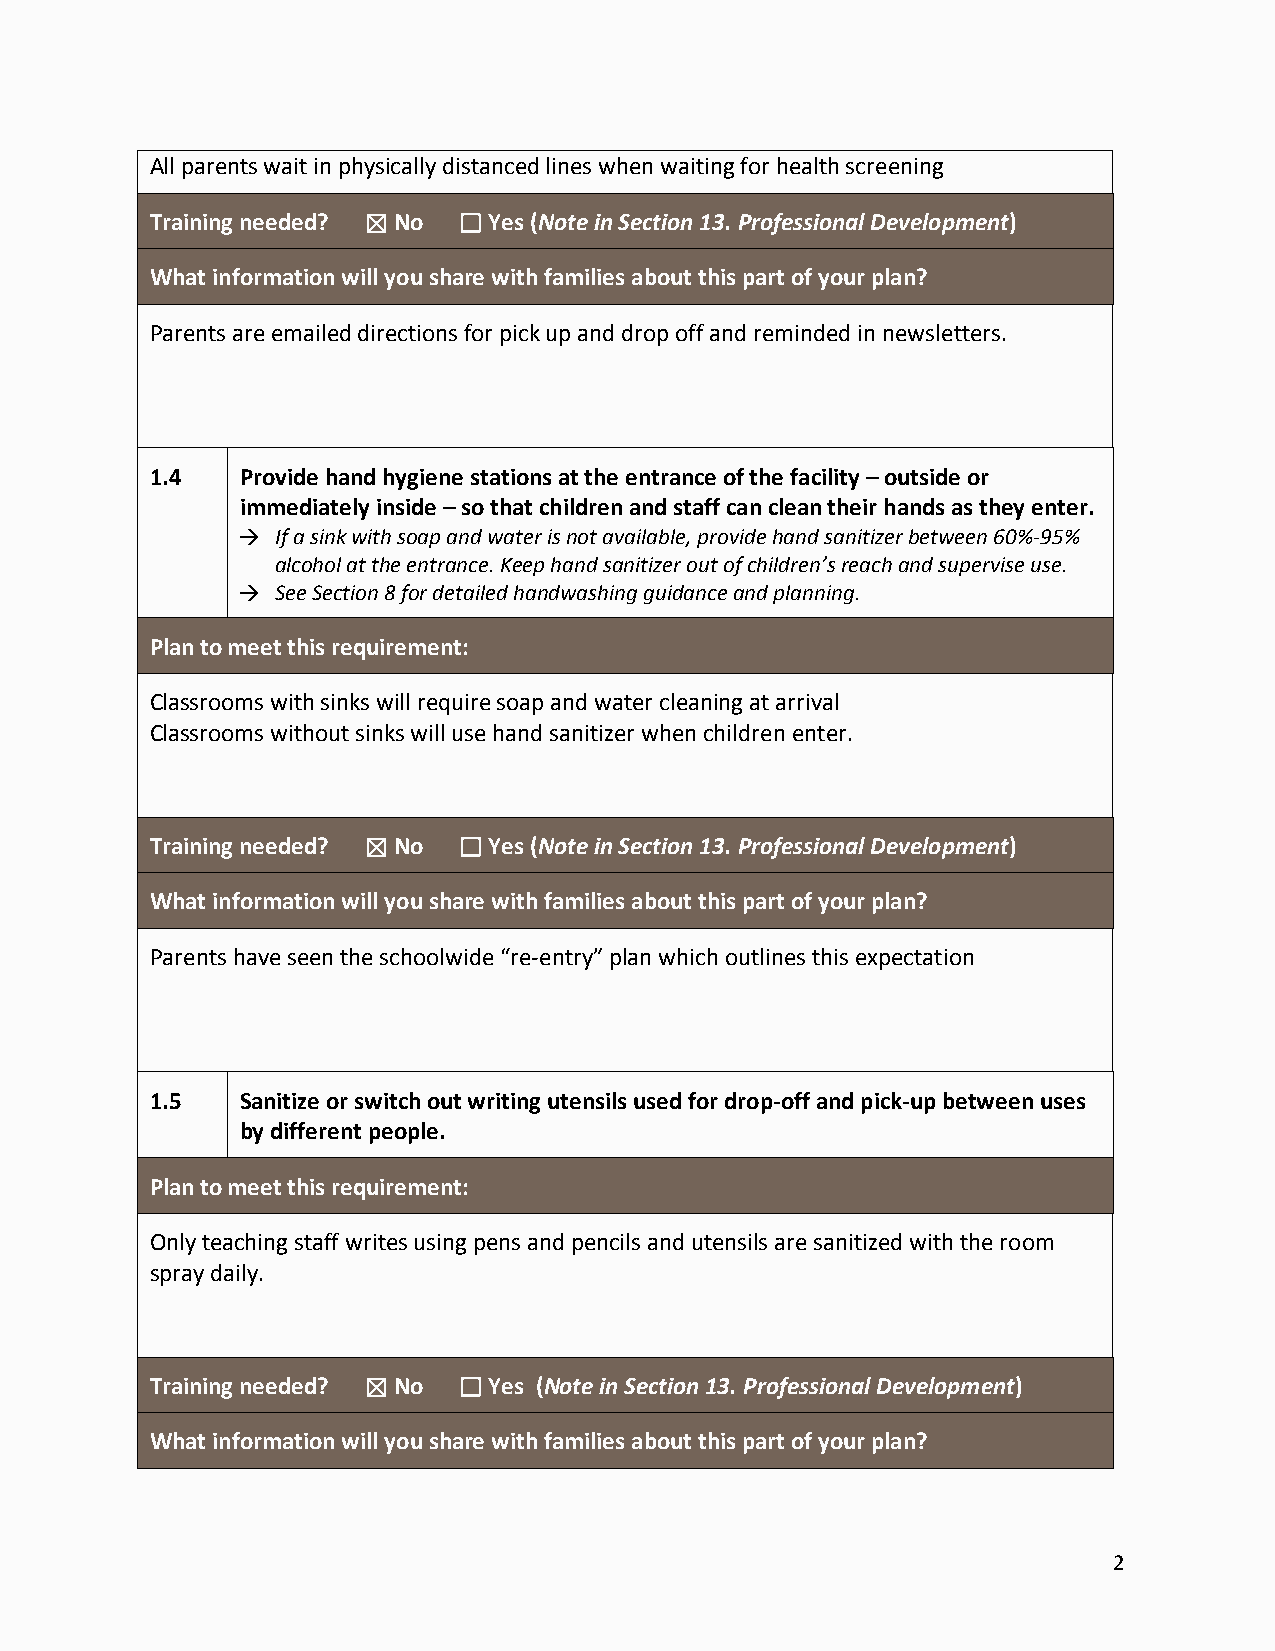
All parents wait in physically distanced lines when waiting for health screening
 Training needed? ☒ No ☐ Yes (Note in Section 13. Professional Development)
 What information will you share with families about this part of your plan?
 Parents are emailed directions for pick up and drop off and reminded in newsletters.
 1.4   Provide hand hygiene stations at the entrance of the facility – outside or
 immediately inside – so that children and staff can clean their hands as they enter.
  If a sink with soap and water is not available, provide hand sanitizer between 60%-95%
 alcohol at the entrance. Keep hand sanitizer out of children’s reach and supervise use.
  See Section 8 for detailed handwashing guidance and planning.
 Plan to meet this requirement:
 Classrooms with sinks will require soap and water cleaning at arrival
 Classrooms without sinks will use hand sanitizer when children enter.
 Training needed? ☒ No ☐ Yes (Note in Section 13. Professional Development)
 What information will you share with families about this part of your plan?
 Parents have seen the schoolwide “re-entry” plan which outlines this expectation
 1.5   Sanitize or switch out writing utensils used for drop-off and pick-up between uses
 by different people.
 Plan to meet this requirement:
 Only teaching staff writes using pens and pencils and utensils are sanitized with the room
 spray daily.
 Training needed? ☒ No ☐ Yes (Note in Section 13. Professional Development)
 What information will you share with families about this part of your plan?
 2